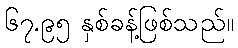
၆၇.၉၅ နှစ်ခန့်ဖြစ်သည်။